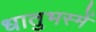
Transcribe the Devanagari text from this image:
धातुभस्में